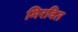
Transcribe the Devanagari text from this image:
मिरवित